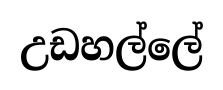
උඩහල්ලේ